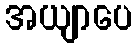
အယျာပေ